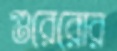
গুরেরোর